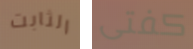
الثابت كفتى